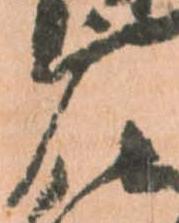
广